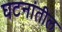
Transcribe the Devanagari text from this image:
घटनांतील